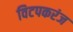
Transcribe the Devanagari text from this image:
विटपकरंज